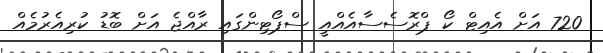
720 އަށް އެއިޓް ކޯ ޕްރޮސެސާއެއްއީ ސްޕޯޓިންގައި ރާއްޖެ އަށް ބޮޑު ކުރިއެރުމެއް